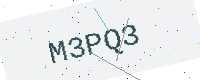
Text: M3PQ3